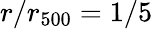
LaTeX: r/r_{500}=1/5